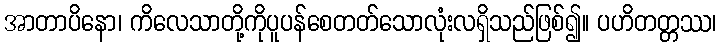
အာတာပိနော၊ ကိလေသာတို့ကိုပူပန်စေတတ်သောလုံးလရှိသည်ဖြစ်၍။ ပဟိတတ္တဿ၊